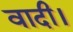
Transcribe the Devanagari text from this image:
वादी।